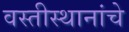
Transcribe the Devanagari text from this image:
वस्तीस्थानांचे